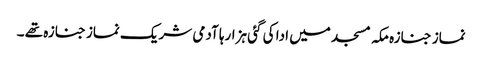
نماز جنازہ مکہ مسجد میں ادا کی گئی ہزارہا آدمی شریک نماز جنازہ تھے ۔